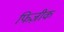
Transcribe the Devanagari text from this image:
फिज़ीक